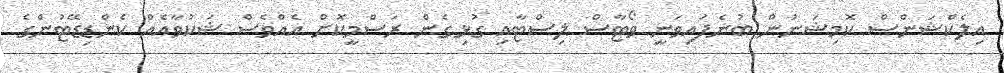
އިލެކްޝަންސް ކޮމިޝަނުން ބުނެފައިވަނީ ވޯޓާސް ލިސްޓާއި ގުޅިގެން ރަސްމީކޮށް އެއްވެސް ޝަކުވާއެއް ކެންޑިޑޭޓުންގެ